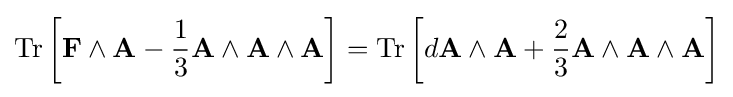
\operatorname {Tr} \left[\mathbf {F} \wedge \mathbf {A} -{\frac {1}{3}}\mathbf {A} \wedge \mathbf {A} \wedge \mathbf {A} \right]=\operatorname {Tr} \left[d\mathbf {A} \wedge \mathbf {A} +{\frac {2}{3}}\mathbf {A} \wedge \mathbf {A} \wedge \mathbf {A} \right]